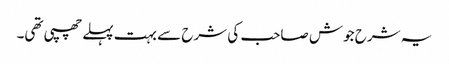
یہ شرح جوش صاحب کی شرح سے بہت پہلے چھپی تھی۔